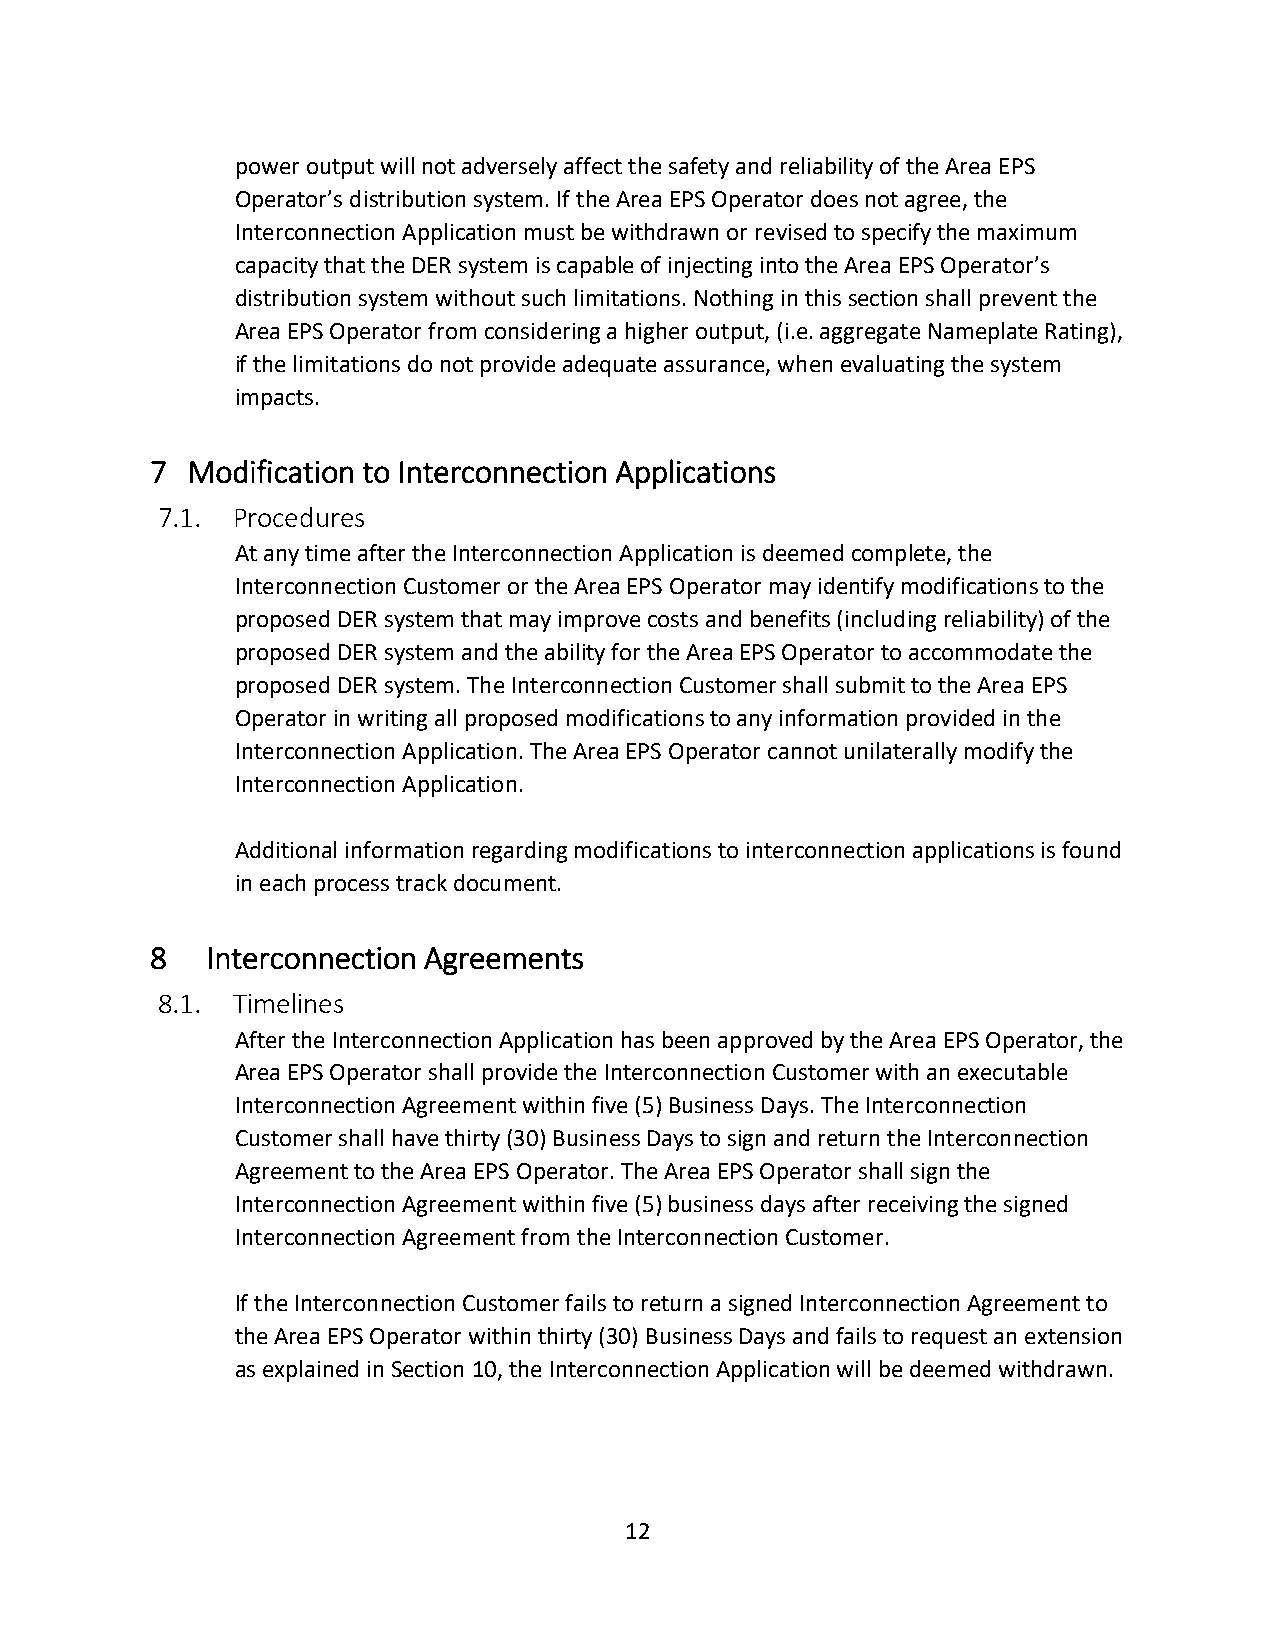
power output will not adversely affect the safety and reliability of the Area EPS
 Operator’s distribution system. If the Area EPS Operator does not agree, the
 Interconnection Application must be withdrawn or revised to specify the maximum
 capacity that the DER system is capable of injecting into the Area EPS Operator’s
 distribution system without such limitations. Nothing in this section shall prevent the
 Area EPS Operator from considering a higher output, (i.e. aggregate Nameplate Rating),
 if the limitations do not provide adequate assurance, when evaluating the system
 impacts.
 7 Modification to Interconnection Applications
 7.1. Procedures
 At any time after the Interconnection Application is deemed complete, the
 Interconnection Customer or the Area EPS Operator may identify modifications to the
 proposed DER system that may improve costs and benefits (including reliability) of the
 proposed DER system and the ability for the Area EPS Operator to accommodate the
 proposed DER system. The Interconnection Customer shall submit to the Area EPS
 Operator in writing all proposed modifications to any information provided in the
 Interconnection Application. The Area EPS Operator cannot unilaterally modify the
 Interconnection Application.
 Additional information regarding modifications to interconnection applications is found
 in each process track document.
 8   Interconnection Agreements
 8.1. Timelines
 After the Interconnection Application has been approved by the Area EPS Operator, the
 Area EPS Operator shall provide the Interconnection Customer with an executable
 Interconnection Agreement within five (5) Business Days. The Interconnection
 Customer shall have thirty (30) Business Days to sign and return the Interconnection
 Agreement to the Area EPS Operator. The Area EPS Operator shall sign the
 Interconnection Agreement within five (5) business days after receiving the signed
 Interconnection Agreement from the Interconnection Customer.
 If the Interconnection Customer fails to return a signed Interconnection Agreement to
 the Area EPS Operator within thirty (30) Business Days and fails to request an extension
 as explained in Section 10, the Interconnection Application will be deemed withdrawn.
 12